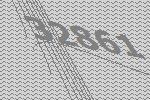
32861